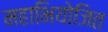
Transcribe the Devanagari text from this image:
महाभियोजित